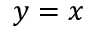
y = x